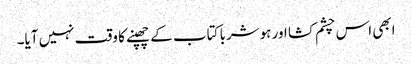
ابھی اس چشم کشا اور ہوشربا کتاب کے چھپنے کا وقت نہیں آیا۔